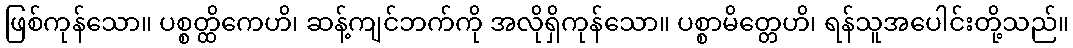
ဖြစ်ကုန်သော။ ပစ္စတ္ထိကေဟိ၊ ဆန့်ကျင်ဘက်ကို အလိုရှိကုန်သော။ ပစ္စာမိတ္တေဟိ၊ ရန်သူအပေါင်းတို့သည်။